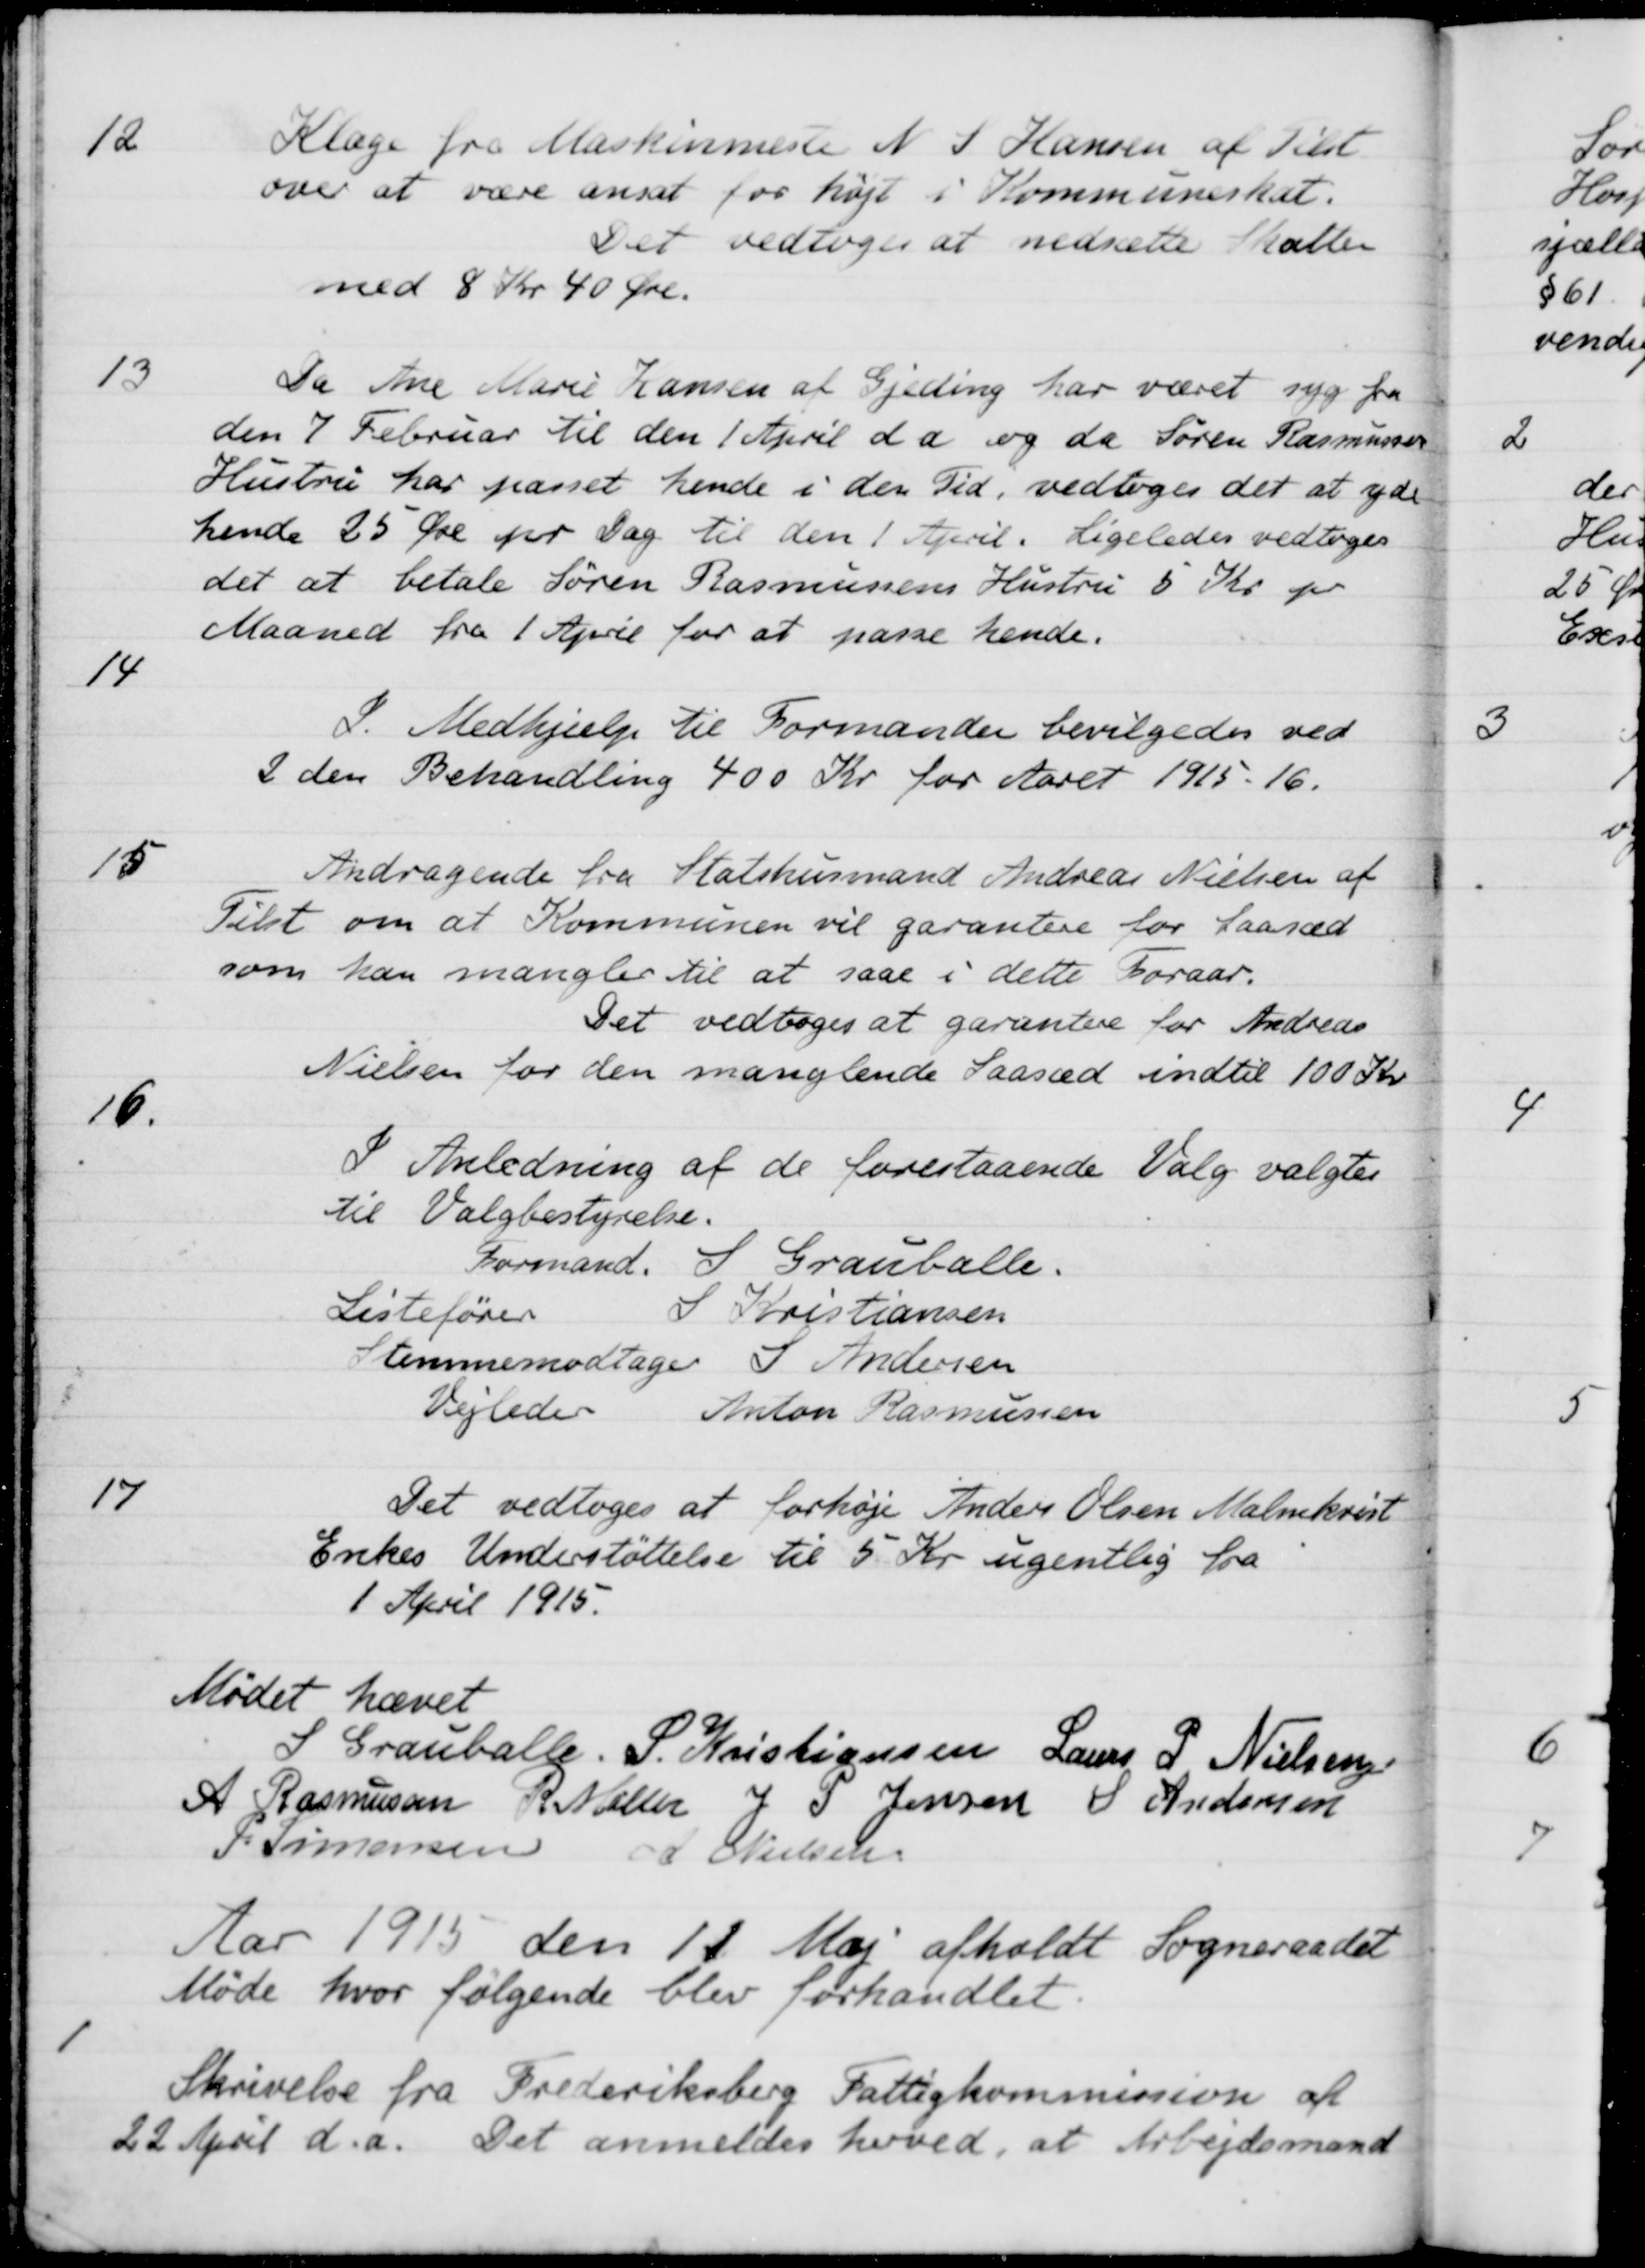
Transskription:
12
Klage fra Maskinmeste N. P Hansen af Tilst
over at være ansat for højt i Kommuneskat.
Det vedtoges at nedsætte Skatten
med 8 Kr 40 Øre.
13
Da Ane Marie Hansen af Gjeding har været syg fra
den 7 Februar til den 1 April d a og da Søren Rasmussens
Hustru har passet hende i den Tid, vedtoges det at yde
hende 25 Øre pr Dag til den 1 April. Ligeledes vedtoges
det at betale Søren Rasmussens Hustru 5 Kr. pr
Maaned fra 1 April for at passe hende.
14
I Medhjælp til Formanden bevilgedes ved
2 den Behandling 400 Kr for Aaret 1915-16.
15
Andragende fra Statshusmand Andreas Nielsen af
Tilst om at Kommunen vil garantere for Saasæd
som han mangler til at saae i dette Foraar.
Det vedtoges at garantere for Andreas
Nielsen for den manglende Saasæd indtil 100 Kr
16.
I Anledning af de forestaaende Valg valgtes
til Valgbestyrelse.
Formand. S Grauballe.
Listefører S Kristiansen
Stemmemodtager S Andersen
Vejleder Anton Rasmussen
17
Det vedtoges at forhøje Anders Olsen Malmkvist
Enkes Understøttelse til 5 Kr ugentlig fra
1 April 1915.
Mødet hævet
S Grauballe.
S. Kristiansen
Laurs P Nielsen
A Rasmussen
R. Møller
J P Jensen
S Andersen
P Simonsen
A Nielsen
Aar 1915 den 11 Maj afholdt Sogneraadet
Møde hvor følgende blev forhandlet.
1
Skrivelse fra Frederiksberg Fattigkommission af
22 April d.a. Det anmeldes herved, at Arbejdsmand